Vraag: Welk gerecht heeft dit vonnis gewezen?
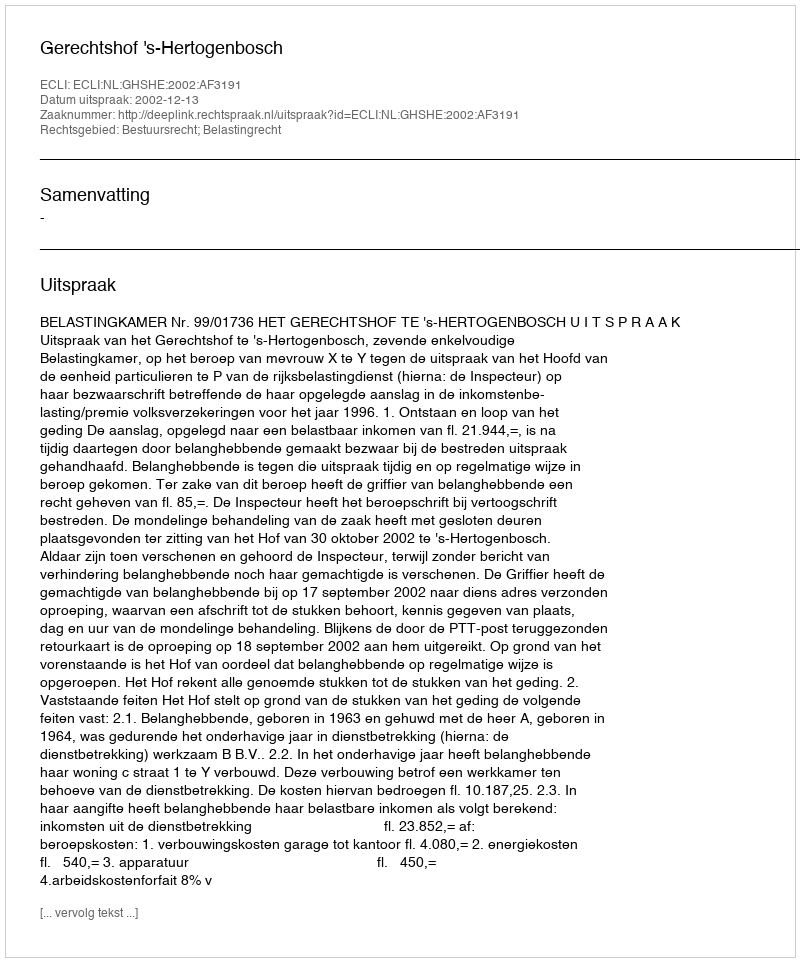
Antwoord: Gerechtshof 's-Hertogenbosch